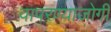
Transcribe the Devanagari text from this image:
वापरण्याजोगी